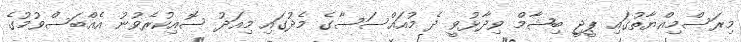
މިރަސްމިއްޔާތުގައި ޕީޖީ ބިޝާމް ވިދާޅުވީ ދެ މުއައްސަސާގެ މެދުގައި މިއަދު ސޮއިކުރެވުނު އެއްބަސްވުމުގެ